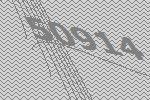
50914